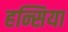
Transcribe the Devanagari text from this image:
हन्सिया